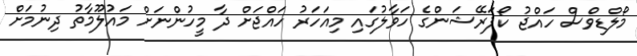
މޯލްޑިވްސް ހައްޖު ކޯޕަރޭޝަންގެ ހަވާލުގައި މިއަހަރު ހައްޖަށް ދާ މީހުންނަށް މައުލޫމާތު ދިނުމަށް